Vaccination in Bombay 1869-1873 - 1869-1873
Year: 1869
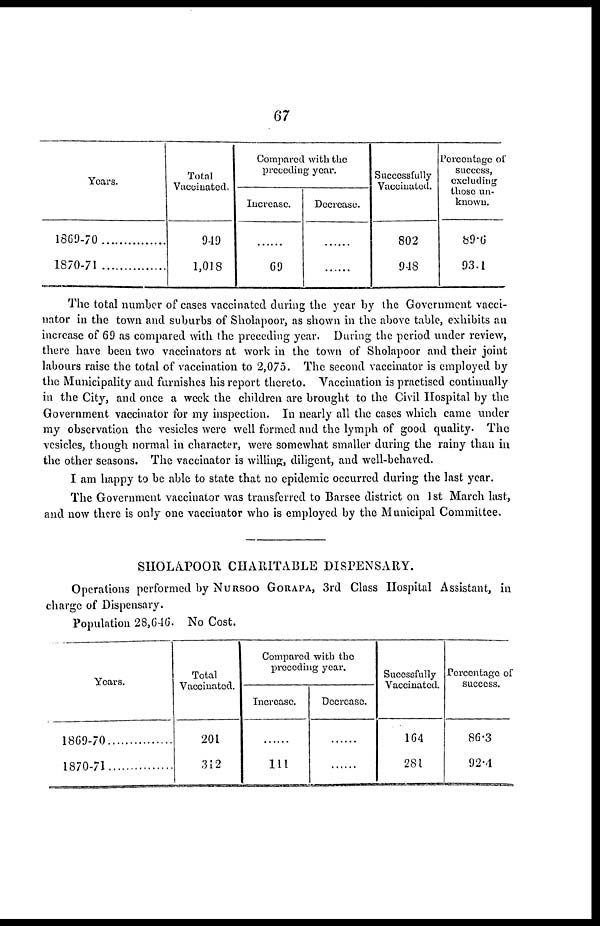
67
Years.
1869-70
1870-71
Total
Vaccinated.
9-19
1,018
Compared with the
preceding year.
Increase.
......
69
Decrease.
......
......
Successfully
Vaccinated.
802
948
Percentage of
success,
excluding
those un-
known.
89.6
93.1
The total number of cases vaccinated during the year by the Government vacci-
nator in the town and suburbs of Sholapoor, as shown in the above table, exhibits an
increase of 69 as compared with the preceding year. During the period under review,
there have been two vaccinators at work in the town of Sholapoor and their joint
labours raise the total of vaccination to 2,075. The second vaccinator is employed by
the Municipality and furnishes his report thereto. Vaccination is practised continually
in the City, and once a week the children are brought to the Civil Hospital by the
Government vaccinator for my inspection. In nearly all the cases which came under
my observation the vesicles were well formed and the lymph of good quality. The
vesicles, though normal in character, were somewhat smaller during the rainy than in
the other seasons. The vaccinator is willing, diligent, and well-behaved.
I am happy to be able to state that no epidemic occurred during the last year.
The Government vaccinator was transferred to Barsee district on 1st March last,
and now there is only one vaccinator who is employed by the Municipal Committee.
SHOLAPOOR CHARITABLE DISPENSARY.
Operations performed by NURSOO GORAPA, 3rd Class Hospital Assistant, in
charge of Dispensary.
Population 28,646. No Cost.
Years.
1869-70
1870-71
Total
Vaccinated.
201
312
Compared with the
preceding year.
Increase.
......
111
Decrease.
......
......
Succssfully
Vaccinated.
164
281
Percentage of
success.
86.3
92.4